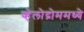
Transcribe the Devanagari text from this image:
व्हेलोद्रोममध्ये